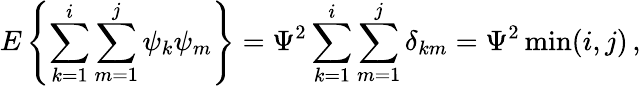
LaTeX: E\left\{ \sum_{k=1}^{i}\sum_{m=1}^{j}\psi_{k}\psi_{m}\right\} =\Psi^{2}\sum_{k=1}^{i}\sum_{m=1}^{j}\delta_{km}=\Psi^{2}\operatorname*{min}(i,j)\, ,